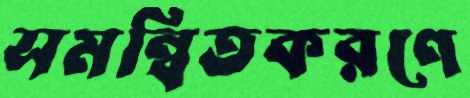
সমন্বিতকরণে